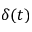
\delta ( t )